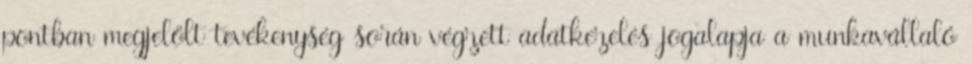
pontban megjelölt tevékenység során végzett adatkezelés jogalapja a munkavállaló